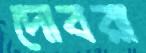
দোবরা